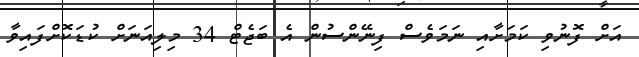
އަށް ފޮނުވި ކަމަށާއި ނަމަވެސް ފިނޭންސުން އެ ބަޖެޓް 34 މިލިއަނަށް ކުޑަކޮށްފައިވާ